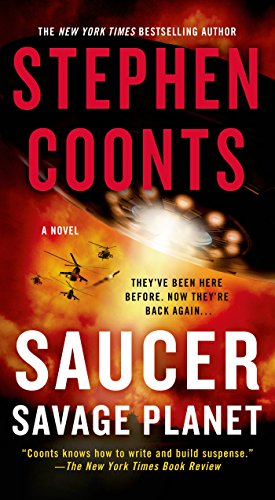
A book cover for Saucer: Savage Planet: A Novel; Stephen Coonts; Science Fiction & Fantasy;